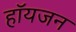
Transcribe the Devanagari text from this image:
हॉयजन